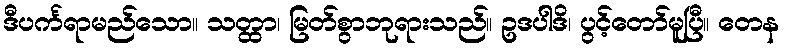
ဒီပင်္ကရာမည်သော။ သတ္ထာ၊ မြတ်စွာဘုရားသည်။ ဥဒပါဒိ၊ ပွင့်တော်မူပြီ။ တေန